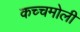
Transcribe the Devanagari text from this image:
कच्चमोली